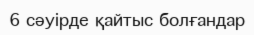
6 сәуірде қайтыс болғандар